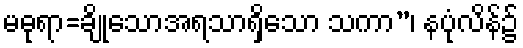
မဓုရာ=ချိုသောအရသာရှိသော သကာ”၊ နပုံလိန်၌